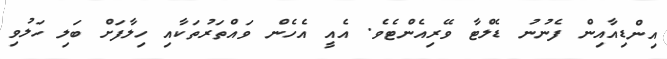
އިންޑިއާއިން ފެނުނު ޑެލްޓާ ވޭރިއެންޓެވެ. އެއީ އެހެން ވައްތަރުތަކާއި ހިލާފަށް ބަލި ހަލުވި